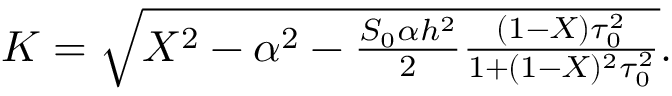
\begin{array} { r } { K = \sqrt { X ^ { 2 } - \alpha ^ { 2 } - \frac { S _ { 0 } \alpha h ^ { 2 } } { 2 } \frac { ( 1 - X ) \tau _ { 0 } ^ { 2 } } { 1 + ( 1 - X ) ^ { 2 } \tau _ { 0 } ^ { 2 } } } . } \end{array}